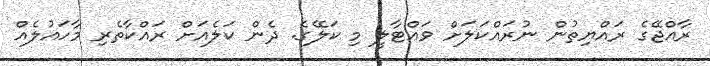
ރާއްޖޭގެ ރައްޔިތުން ނުރައްކަލަށް ވައްޓާލީ މި ކަލޭގެ. ދެން ކަލެއަށް ރައްކާތެރި މާހައުލެއް